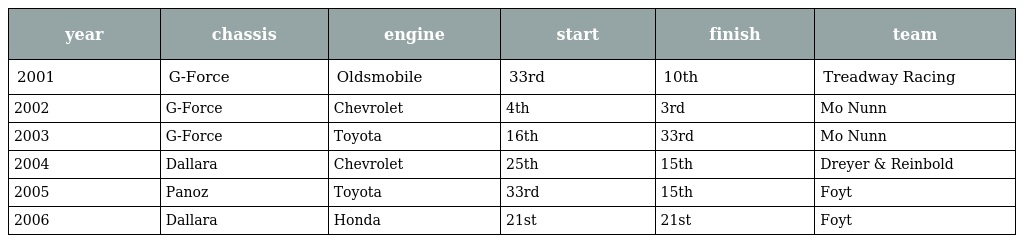
| year | chassis | engine | start | finish | team |
 | --- | --- | --- | --- | --- | --- |
 | 2001 | G-Force | Oldsmobile | 33rd | 10th | Treadway Racing |
 | 2002 | G-Force | Chevrolet | 4th | 3rd | Mo Nunn |
 | 2003 | G-Force | Toyota | 16th | 33rd | Mo Nunn |
 | 2004 | Dallara | Chevrolet | 25th | 15th | Dreyer & Reinbold |
 | 2005 | Panoz | Toyota | 33rd | 15th | Foyt |
 | 2006 | Dallara | Honda | 21st | 21st | Foyt |